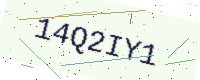
Text: 14Q2IY1